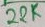
Text: 22K